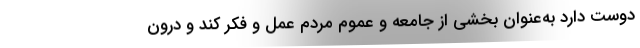
دوست دارد به‌عنوان بخشی از جامعه و عموم مردم عمل و فکر کند و درون